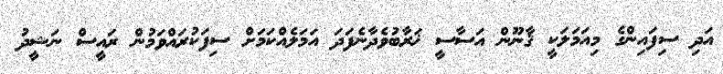
އަދި ސިފައިންގެ މިއަމަލަކީ ޤާނޫން އަސާސީ ޚަރާބުވެދާނެފަދަ އަމަލެއްކަމަށް ސިފަކުރައްވަމުން ރައީސް ނަޝީދު